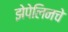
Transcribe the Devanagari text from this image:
झेपेलिनचे